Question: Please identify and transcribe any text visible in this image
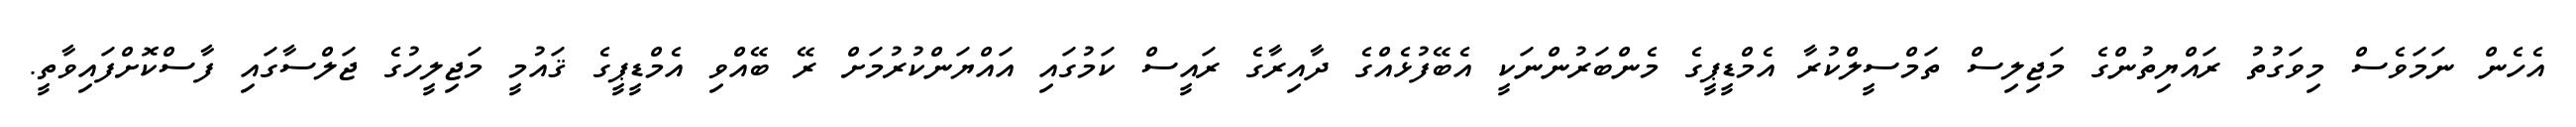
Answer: އެހެން ނަމަވެސް މިވަގުތު ރައްޔިތުންގެ މަޖިލިސް ތަމްސީލްކުރާ އެމްޑީޕީގެ މެންބަރުންނަކީ އެބޭފުޅެއްގެ ދާއިރާގެ ރައީސް ކަމުގައި އައްޔަންކުރުމަށް ރޭ ބޭއްވި އެމްޑީޕީގެ ޤައުމީ މަޖިލީހުގެ ޖަލްސާގައި ފާސްކޮށްފައިވާތީ.